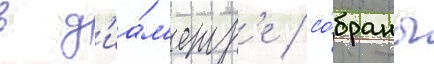
в д'иа́м'етр'е / со́браны